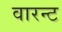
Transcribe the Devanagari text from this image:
वारन्‍ट